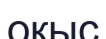
оқыс